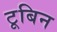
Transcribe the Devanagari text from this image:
टूबिन